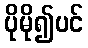
ပိုမို၍ပင်